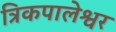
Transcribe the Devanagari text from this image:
त्रिकपालेश्वर